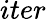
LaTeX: iter